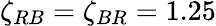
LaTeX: \zeta_{RB}=\zeta_{BR}=1.25